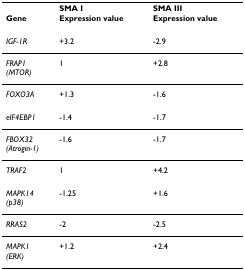
<table><thead><tr><td></td><td><b>SMA I</b></td><td><b>SMA III</b></td></tr><tr><td><b>Gene</b></td><td><b>Expression value</b></td><td><b>Expression value</b></td></tr></thead><tbody><tr><td><i>IGF-1R</i></td><td>+3.2</td><td>-2.9</td></tr><tr><td><i>FRAP1</i><i>(MTOR)</i></td><td>1</td><td>+2.8</td></tr><tr><td><i>FOXO3A</i></td><td>+1.3</td><td>-1.6</td></tr><tr><td><i>eIF4EBP1</i></td><td>-1.4</td><td>-1.7</td></tr><tr><td><i>FBOX32</i><i>(Atrogin-1)</i></td><td>-1.6</td><td>-1.7</td></tr><tr><td><i>TRAF2</i></td><td>1</td><td>+4.2</td></tr><tr><td><i>MAPK14</i><i>(p38)</i></td><td>-1.25</td><td>+1.6</td></tr><tr><td><i>RRAS2</i></td><td>-2</td><td>-2.5</td></tr><tr><td><i>MAPK1</i><i>(ERK)</i></td><td>+1.2</td><td>+2.4</td></tr></tbody></table>